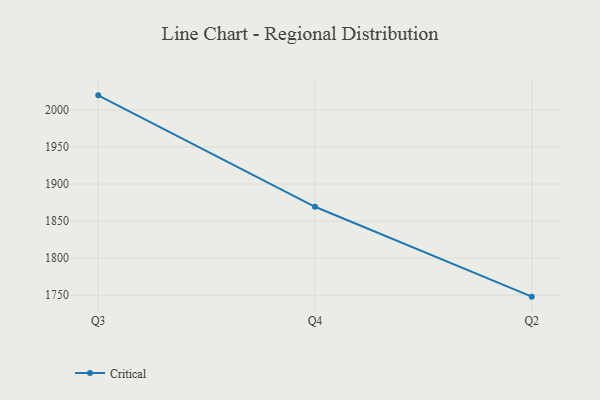
{"axis": {"x": "Quarter", "y": "Tickets Resolved"}, "legend": ["Critical"], "data": [{"x": "Q3", "y": 2019.8, "type": "Critical"}, {"x": "Q4", "y": 1869.3, "type": "Critical"}, {"x": "Q2", "y": 1747.9, "type": "Critical"}]}